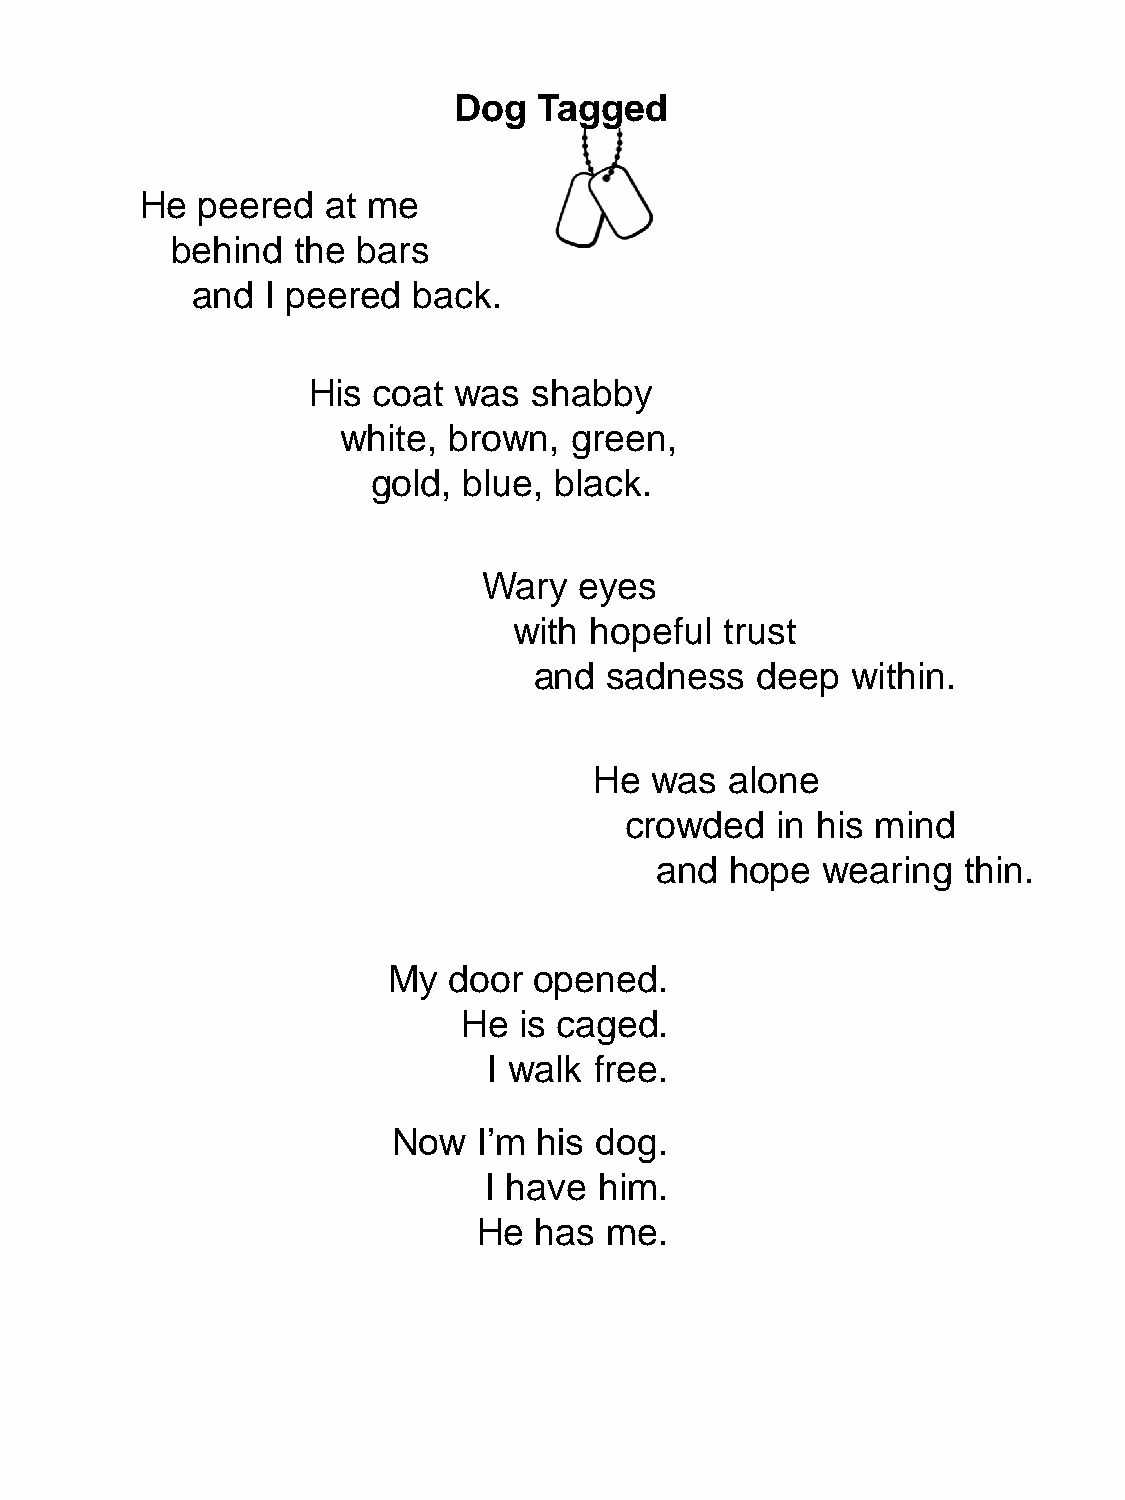
Dog   Tagged
 He  peered   at me
 behind  the  bars
 and  I peered back.
 His  coat was  shabby
 white, brown,  green,
 gold, blue, black.
 Wary  eyes
 with hopeful  trust
 and  sadness   deep  within.
 He  was  alone
 crowded   in his mind
 and  hope  wearing   thin.
 My  door opened.
 He is caged.
 I walk free.
 Now   I’m his dog.
 I have  him.
 He has  me.